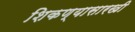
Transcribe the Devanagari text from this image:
शिकण्यासारखी